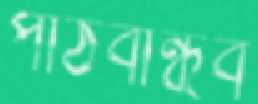
পাঠবান্ধব